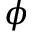
\phi